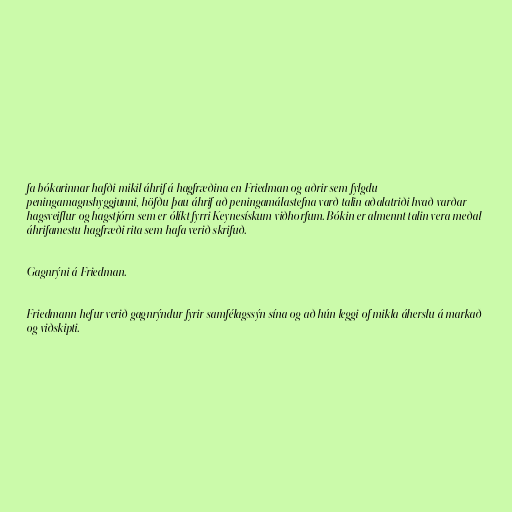
fa bókarinnar hafði mikil áhrif á hagfræðina en Friedman og aðrir sem fylgdu
peningamagnshyggjunni, höfðu þau áhrif að peningamálastefna varð talin aðalatriði hvað varðar
hagsveiflur og hagstjórn sem er ólíkt fyrri Keynesískum viðhorfum. Bókin er almennt talin vera meðal
áhrifamestu hagfræði rita sem hafa verið skrifuð.

Gagnrýni á Friedman.

Friedmann hefur verið gagnrýndur fyrir samfélagssýn sína og að hún leggi of mikla áherslu á markað
og viðskipti.